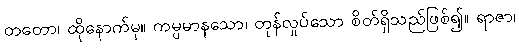
တတော၊ ထိုနောက်မှ။ ကမ္ပမာနသော၊ တုန်လှုပ်သော စိတ်ရှိသည်ဖြစ်၍။ ရာဇာ၊